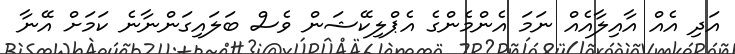
އަދި އެއް އާއިލާއެއް ނަމަ އެންމެންގެ އެޕްލިކޭޝަން ވެސް ބަލައިގަންނާނެ ކަމަށް އޭނާ